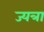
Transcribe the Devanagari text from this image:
ज्यत्रा